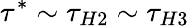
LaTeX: \tau^{*}\sim\tau_{H2}\sim\tau_{H3}